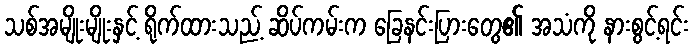
သစ်အမျိုးမျိုးနှင့် ရိုက်ထားသည့် ဆိပ်ကမ်းက ခြေနင်းပြားတွေ၏ အသံကို နားစွင့်ရင်း